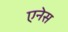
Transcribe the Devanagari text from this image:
एनेस